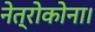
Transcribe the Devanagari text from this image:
नेत्रोकोना।